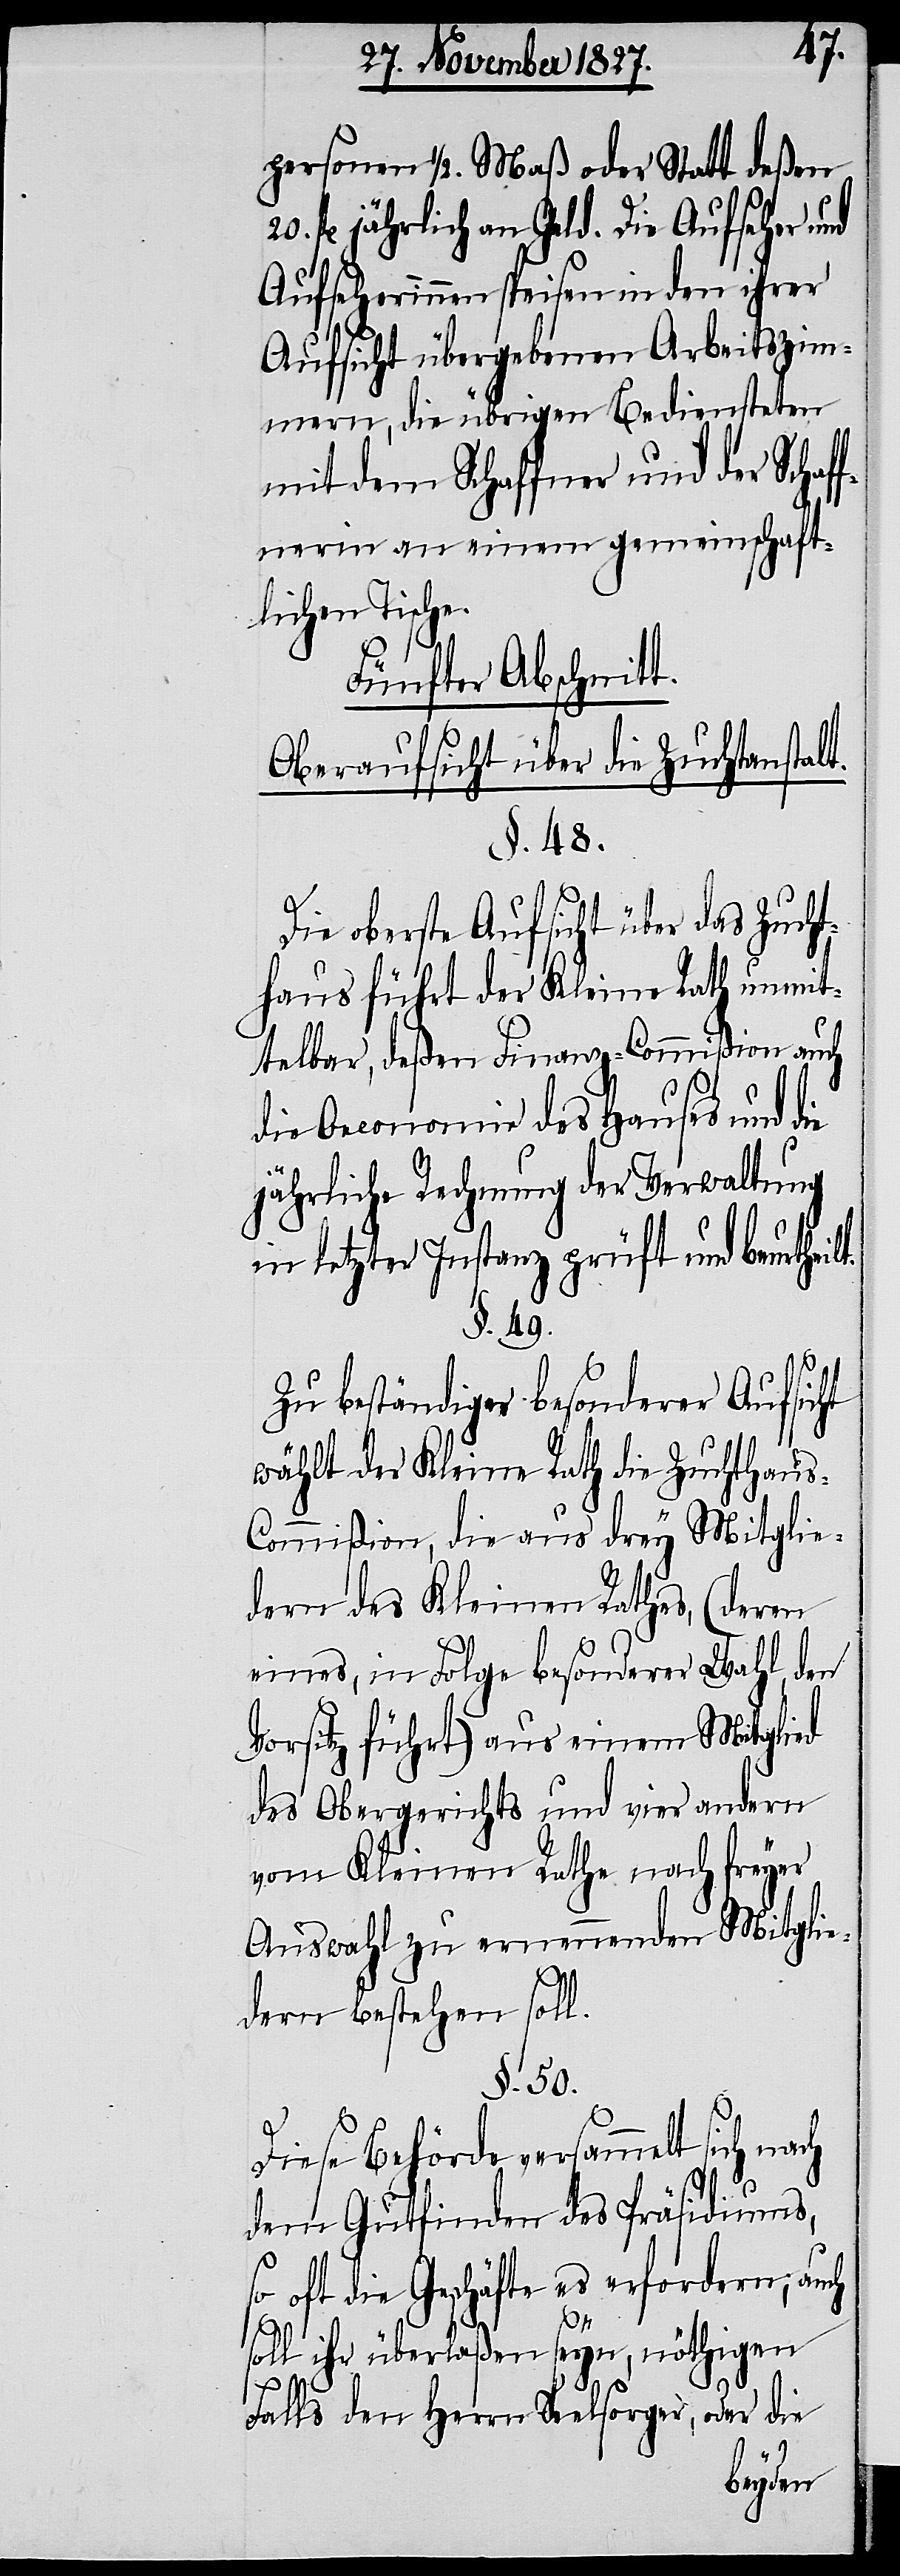
personen ½. Maß oder Statt deßen
fl. jährlich an Geld. Die Aufseher und
Aufseherinnen speisen in den ihrer
Aufsicht übergebenen Arbeitszim¬
mern, die übrigen Bediensteten
mit dem Schaffner und der Schaff¬
nerin an einem gemeinschaft¬
lichen Tische.
Fünfter Abschnitt.
Oberaufsicht über die Zuchtanstalt.
§. 48.
Die oberste Aufsicht über das Zucht¬
haus führt der Kleine Rath unmit¬
telbar, deßen Finanz-Commißion auch
die Oeconomie des Hauses und die
jährliche Rechnung der Verwaltung
in letzter Instanz prüft und beurthei¬
§. 49.
Zu beständiger besonderer Aufsicht
wählt der Kleine Rath die Zuchthaus-C¬
ommißion, die aus drey Mitglie¬
dern des Kleinen Rathes, (deren
eines, in Folge besonderer Wahl, den
Vorsitz führt) aus einem Mitglied
des Obergerichts und vier andern
vom Kleinen Rathe nach freyer
Auswahl zu ernennenden Mitglie¬
l.
dern bestehen sol¬
§. 50.
Diese Behörde versammelt sich
dem Gutfinden des Präsidiums,
so oft die Geschäfte es erfordern; auch
soll ihr überlaßen seyn, nöthigen
Falls den Herrn Seelsorger, oder die